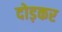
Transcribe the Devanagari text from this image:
दोड़कर